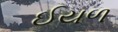
ઈયળ